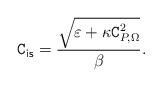
LaTeX: \begin{align*}\texttt{C}_{\textsf{is}}=\frac{\sqrt{\varepsilon+\kappa\mathtt{C}_{P,\Omega}^{2}}}{\beta}.\end{align*}